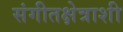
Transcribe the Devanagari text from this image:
संगीतक्षेत्राशी